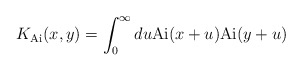
\begin{align*} K_{\mathrm{Ai}}(x,y) = \int_0^\infty du \mathrm{Ai}(x+u)\mathrm{Ai}(y+u)\end{align*}